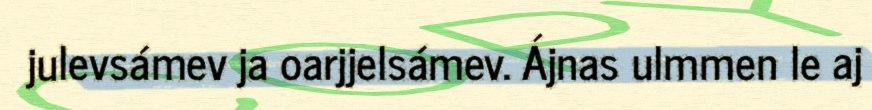
julevsámev ja oarjjelsámev. Ájnas ulmmen le aj